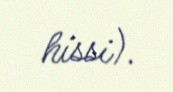
hissi).